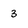
Character: 3